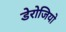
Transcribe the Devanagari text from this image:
डेरोजियो